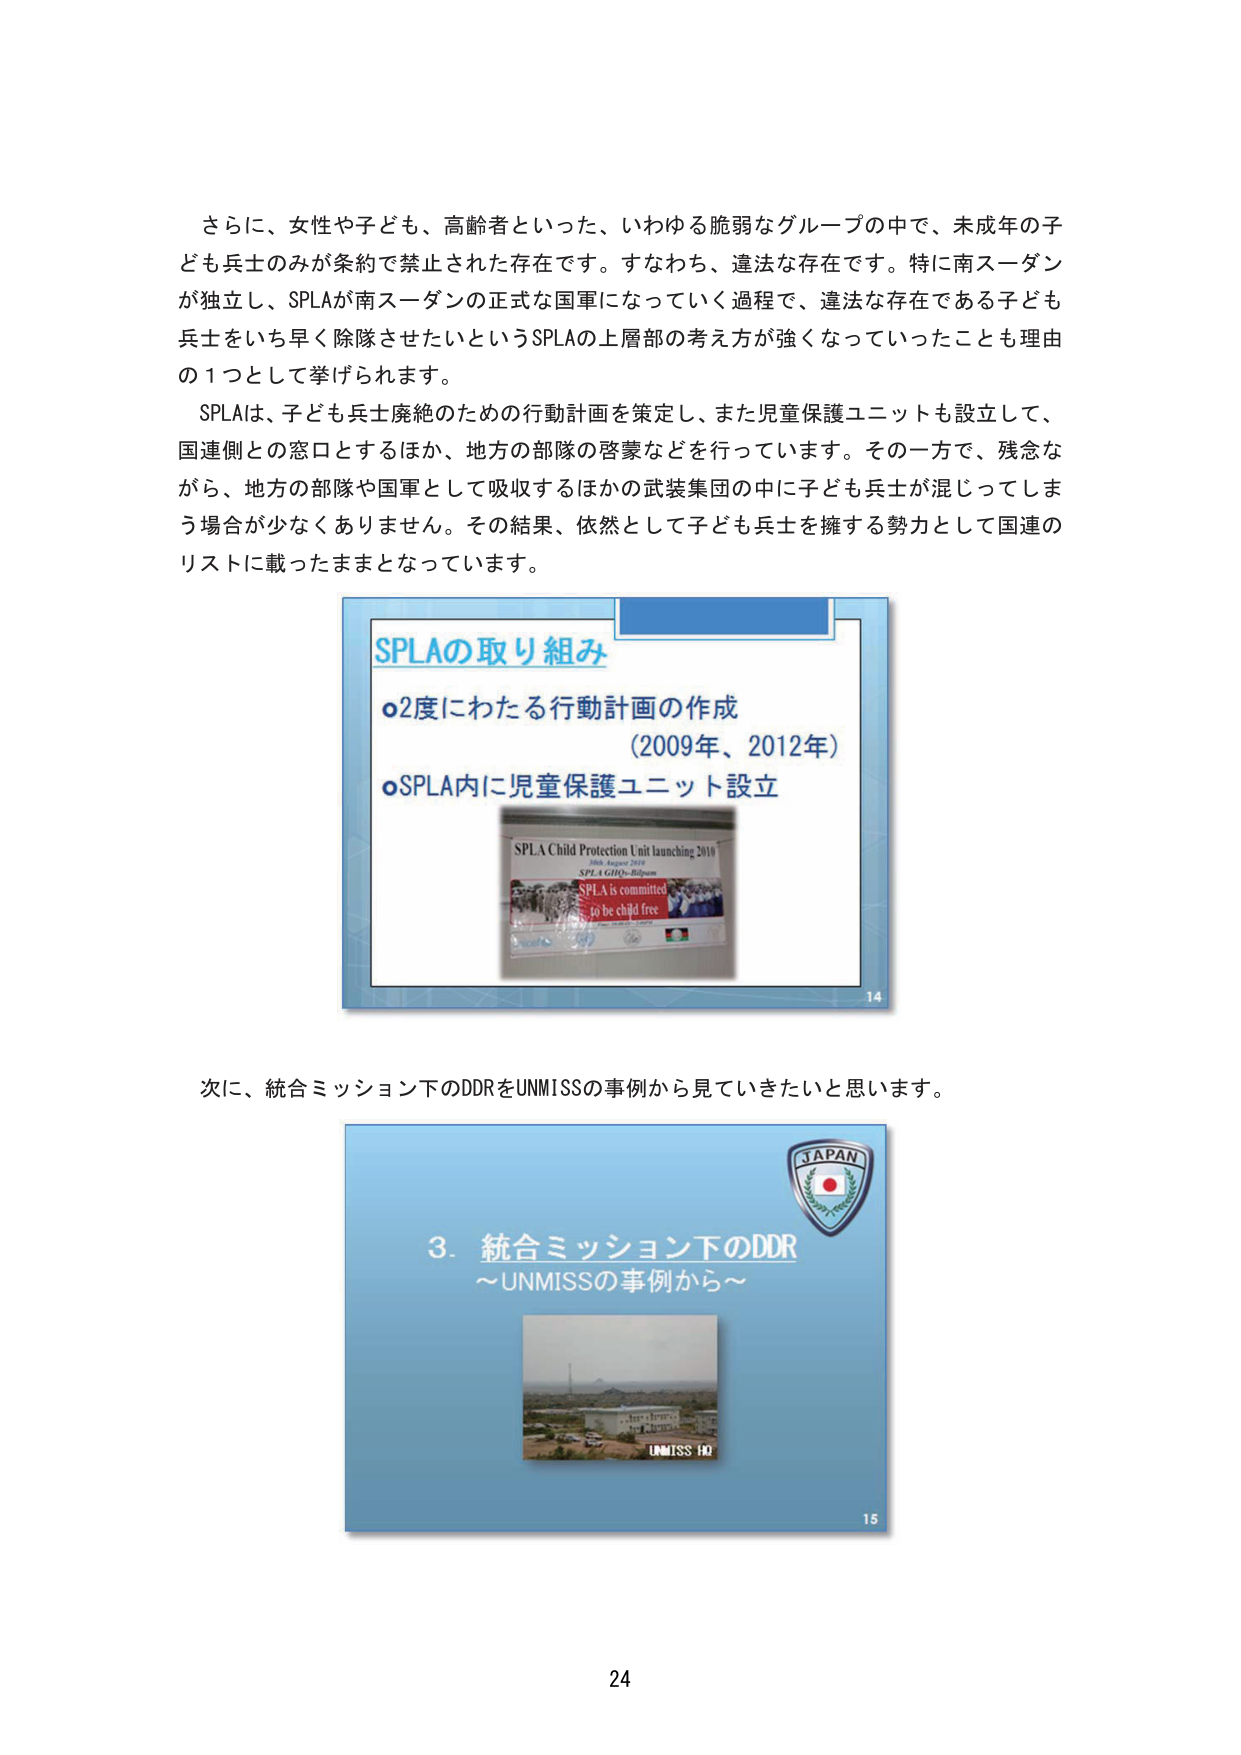
さらに、女性や子ども、高齢者といった、いわゆる脆弱なグループの中で、未成年の子ども兵士のみが条約で禁止された存在です。すなわち、違法な存在です。特に南スーダンが独立し、SPLAが南スーダンの正式な国軍になっていく過程で、違法な存在である子ども兵士をいち早く除隊させたいというSPLAの上層部の考え方が強くなっていったことも理由の1つとして挙げられます。

SPLAは、子ども兵士廃絶のための行動計画を策定し、また児童保護ユニットも設立して、国連側との窓口とするほか、地方の部隊の啓蒙などを行っています。その一方で、残念ながら、地方の部隊や国軍として吸収するほかの武装集団の中に子ども兵士が混じってしまう場合が少なくありません。その結果、依然として子ども兵士を擁する勢力として国連のリストに載ったままとなっています。

SPLAの取り組み
○2度にわたる行動計画の作成
（2009年、2012年）
○SPLA内に児童保護ユニット設立
SPLA Child Protection Unit launching 2010
Juba, August 2010
SPLA GHQ-Bilpam
SPLA is committed
to be child free

次に、統合ミッション下のDDRをUNMISSの事例から見ていきたいと思います。

3. 統合ミッション下のDDR
～UNMISSの事例から～

JAPAN
UNMISS HQ

14
15
24